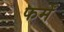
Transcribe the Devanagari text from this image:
फर्में